Annual vaccination report of Bihar and Orissa - 1911-1928
Year: 1911
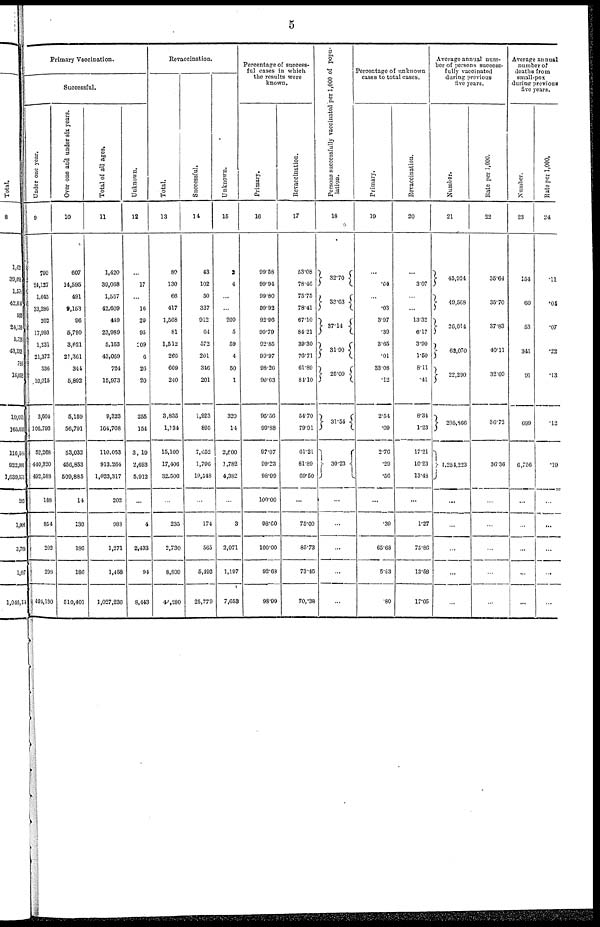
5
Primary Vaccination.
Successful.
Under one year.
9
790
24,127
1,045
33,286
202
17,993
1,231
21,372
336
10,015
3,604
106,793
52,268
440,320
492,588
188
854
202
298
494,130
Over one and under six years.
10
607
14,595
491
9,153
96
5,790
3,621
21,361
344
5,892
5,159
56,791
53,032
456,853
509,885
14
130
186
186
510,401
Total of all ages.
11
1,420
39,068
1,567
42,609
449
23,989
5,163
43,069
724
15,973
9,323
164,708
110,053
913,264
1,023,317
202
988
1,271
1,458
1,027,236
Unknown.
12
...
17
...
16
20
95
209
6
26
20
255
154
3,19
2,693
5,912
...
4
2,433
94
8,443
Revaccination.
Total.
13
80
130
66
417
1,568
81
1,512
266
609
240
3,835
1,134
15,100
17,406
32,506
...
235
2,730
8,809
44,280
Successful.
14
43
102
50
327
912
64
572
201
346
201
1,923
895
7,652
1,796
19,548
...
174
565
5,492
25,779
Unknown.
15
2
4
...
...
209
5
59
4
50
1
320
14
2,600
1,782
4,382
...
3
2,071
1,197
7,653
Percentage of success-
ful cases in which
the results were
known.
Primary.
16
99.58
99.94
99.80
99.92
92.96
99.79
92.85
99.97
98.26
99.63
95.56
99.88
97.07
99.23
98.99
100.00
98.60
100.00
92.68
98.99
Revaccination.
17
53.08
78.46
75.75
78.41
67.10
84.21
39.30
76.71
61.89
84.10
54.70
79.91
61.21
81.89
69.50
...
75.00
85.73
73.46
70.38
Persons successfully vaccinated per 1,000 of popu-
lation.
18
32.70
33.63
37.14
31.90
25.09
31.54
30.23
...
...
...
...
...
Percentage of unknown
cases to total cases.
Primary.
19
...
.04
...
.03
3.97
.39
3.65
.01
33.08
.12
2.54
.09
2.76
.29
.56
...
.39
65.68
5.63
.80
Revaccination.
20
...
3.07
...
...
13.32
6.17
3.90
1.50
8.11
.41
8.34
1.23
17.21
10.23
13.48
...
1.27
75.86
13.58
17.05
Average annual num-
ber of persons success-
fully vaccinated
during previous
five years.
Number.
21
45,924
49,568
26,014
62,070
22,290
205,866
1,254,223
...
...
...
...
...
Rate per 1,000.
22
35.64
35.70
37.83
40.11
32.09
36.72
36.36
...
...
...
...
...
Average annual
number of
deaths from
small-pox
during previous
five years.
Number.
23
154
60
53
341
91
699
6,756
...
...
...
...
...
Rate per 1,000.
24
.11
.04
.07
.22
.13
.12
.19
...
...
...
...
...